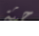
جثة